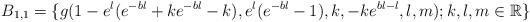
LaTeX: \begin{align*} B_{1,1}=\{g(1-e^{l}(e^{-bl}+ke^{-bl}-k),e^l(e^{-bl}-1),k,-ke^{bl-l},l,m); k, l, m \in \mathbb R \} \end{align*}